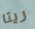
ريتا